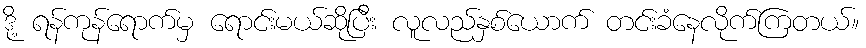
ဒို့ ရန်ကုန်ရောက်မှ ရောင်းမယ်ဆိုပြီး လူလည်နှစ်ယောက် တင်းခံနေလိုက်ကြတယ်။